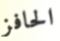
الحافز